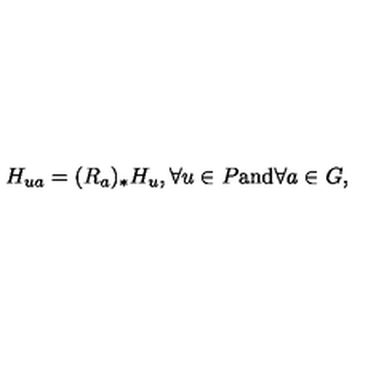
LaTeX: H _ { u a } = ( R _ { a } ) _ { * } H _ { u } , \forall u \in P \mathrm { a n d } \forall a \in G ,